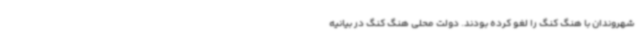
شهروندان با هنگ کنگ را لغو کرده بودند. دولت محلی هنگ کنگ در بیانیه